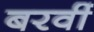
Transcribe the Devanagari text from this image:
बरवीं